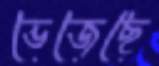
ভেজেছে